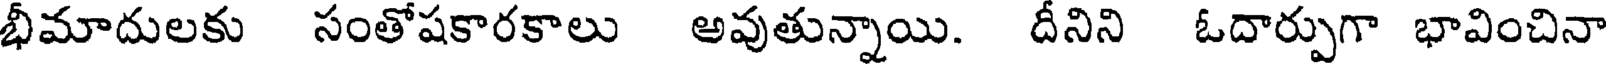
భీమాదులకు సంతోషకారకాలు అవుతున్నాయి. దీనిని ఓదార్పుగా భావించినా